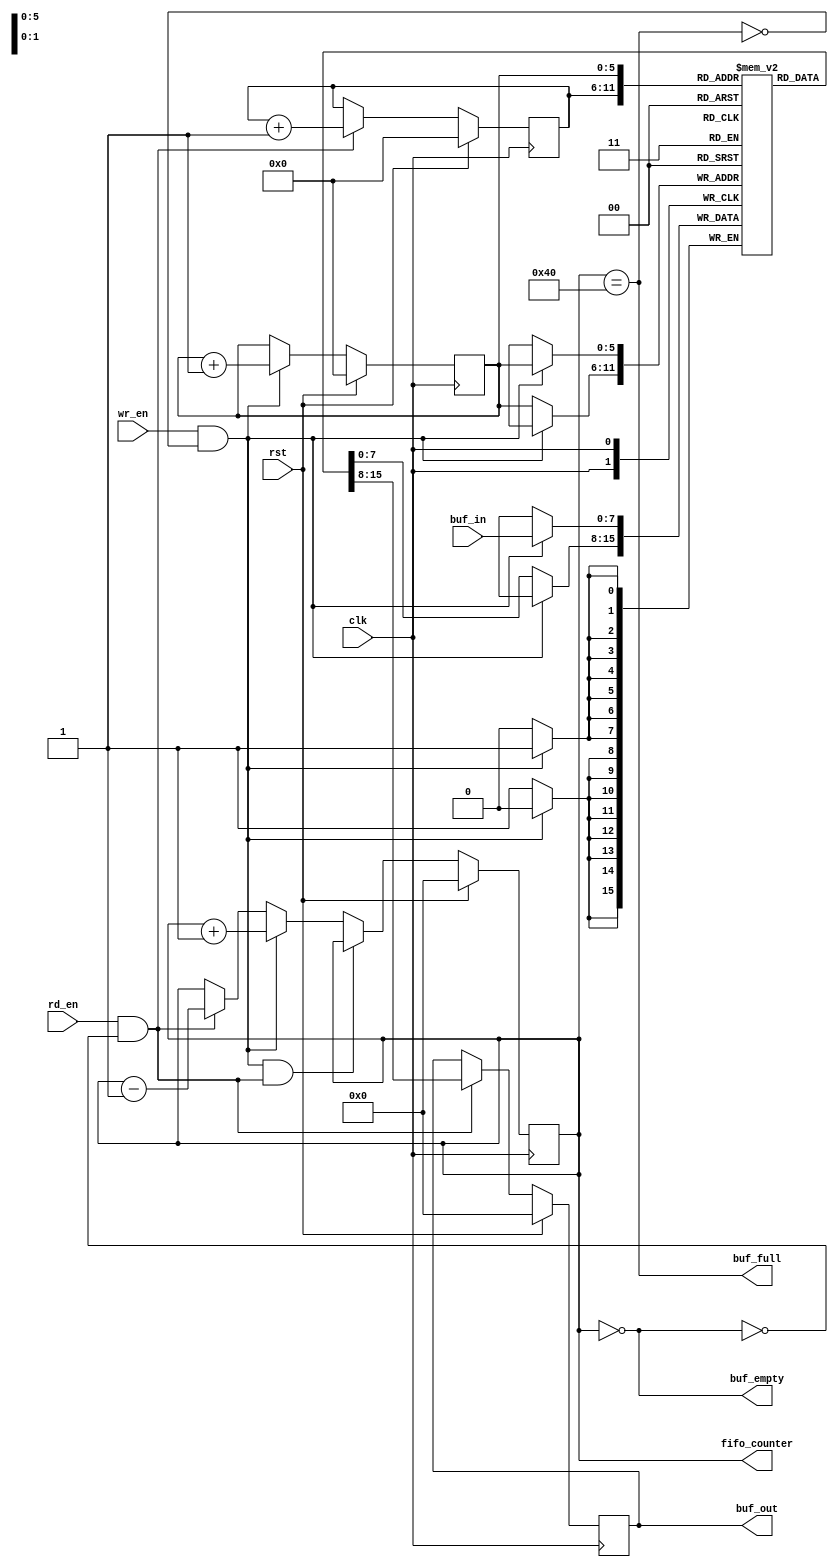
`timescale 1ns / 1ps
//////////////////////////////////////////////////////////////////////////////////
// Company: 
// Engineer: 
// 
// Design Name: 
// Module Name: fifo
// Project Name: 
// Target Devices: 
// Tool Versions: 
// Description: 
// 
// Dependencies: 
// 
// Revision:
// Revision 0.01 - File Created
// Additional Comments:
// 
//////////////////////////////////////////////////////////////////////////////////


module fifo(
	clk, rst, buf_in, buf_out, wr_en, rd_en, buf_empty, buf_full, fifo_counter
    );
input rst, clk, wr_en, rd_en;
input [7:0] buf_in;
output reg [7:0] buf_out;
output reg buf_empty, buf_full;
output reg [7:0] fifo_counter;

reg [5:0] rd_ptr, wr_ptr;
reg [7:0] buf_mem[63:0];

always @(fifo_counter) begin
	buf_empty = (fifo_counter==0);
	buf_full  = (fifo_counter==64);
end
 
always @(posedge clk) begin 
	 if (rst)
	 	fifo_counter <= 0;
	 else if( (wr_en && !buf_full) && (rd_en && !buf_empty))
	 	fifo_counter <= fifo_counter;
	 else if(wr_en && !buf_full)
	 	fifo_counter <= fifo_counter + 1;
	 else if (rd_en && !buf_empty)
	 	fifo_counter <= fifo_counter - 1;
	 else
	 	fifo_counter <= fifo_counter;
end

always @(posedge clk) begin
	if(rst)
		buf_out <= 0;
	else if(rd_en && !buf_empty)
		buf_out <= buf_mem[rd_ptr];
	else
		buf_out <= buf_out;
end

always @(posedge clk) begin
	if(wr_en && !buf_full)
		buf_mem[wr_ptr] <= buf_in;
	else
		buf_mem[wr_ptr] <= buf_mem[wr_ptr];
end

always @(posedge clk) begin 
	if(rst) begin
		rd_ptr <= 0;
		wr_ptr <= 0;
	end
	else begin
		if(wr_en && !buf_full)
			wr_ptr <= wr_ptr + 1;
		if(rd_en && !buf_empty)
			rd_ptr <= rd_ptr + 1;
	end
end
endmodule